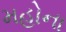
મહોના